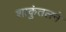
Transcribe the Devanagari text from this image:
शाकुंतलने